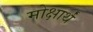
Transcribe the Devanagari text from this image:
मोक्षार्थं